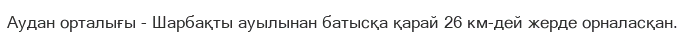
Аудан орталығы - Шарбақты ауылынан батысқа қарай 26 км-дей жерде орналасқан.